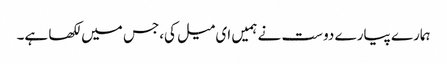
ہمارے پیارے دوست نے ہمیں ای میل کی،جس میں لکھا ہے۔